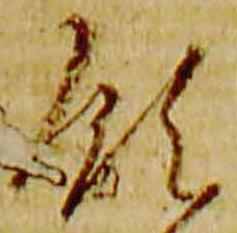
領